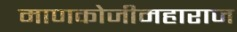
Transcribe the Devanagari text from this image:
माणकोजीमहाराज